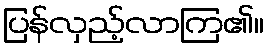
ပြန်လှည့်လာကြ၏။